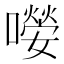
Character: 𡁊